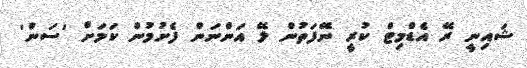
ޝައިނީ ރޭ އެޑްމިޓް ކުރީ ނޭފަތުން ލޭ އަންނަން ފެށުމުން ކަމަށް 'ސަން'